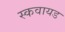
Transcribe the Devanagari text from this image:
स्कवायड